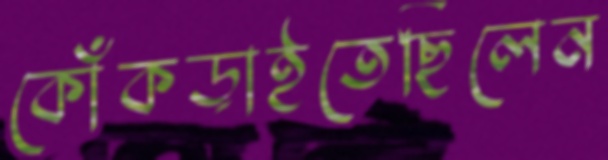
কোঁকড়াইতেছিলেন